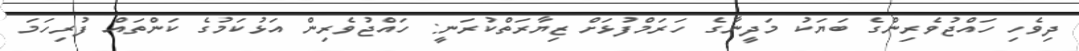
ދިވެހި ހައްޖުވެރިންގެ ބަޔަކު މަދީނާގެ ހަރަމްފުޅަށް ޒިޔާރަތްކުރަނީ: ހައްޖުވެރިން އަޅުކަމުގެ ކަންތައް ފުރިހަމަ